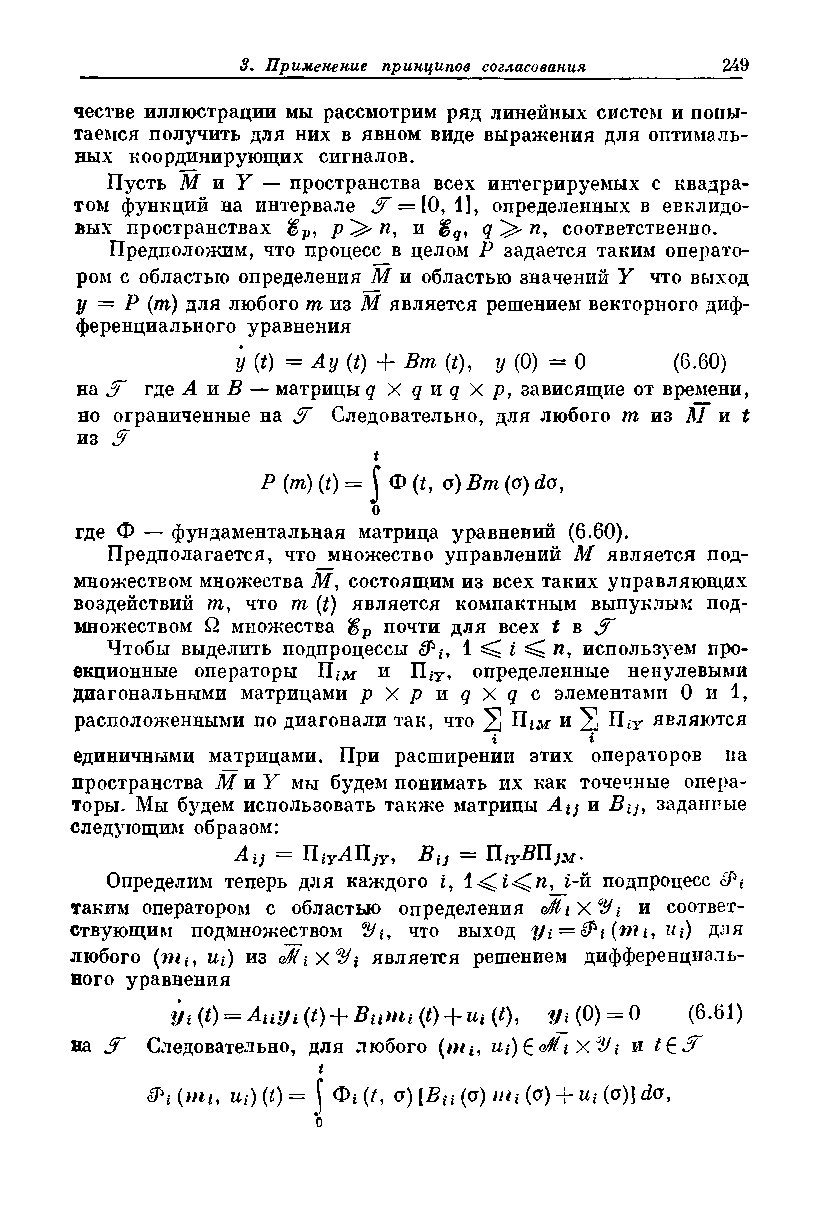
честве иллюстрации мы рассмотрим ряд линейных систем и попы­
 таемся получить для них в явном виде выражения для оптималь­
 ных координирующих сигналов.
 Пусть М и У — пространства всех интегрируемых с квадра­
 том функций на интервале JT = [0, 1], определенных в евклидо­
 вых пространствах £р, р ^ п, и <$q, q ^ и, соответственно.
 Предположим, что процесс в целом Р задается таким операто­
 ром с областью определения М и областью значений У что выход
 у — Р (т) для любого т из М является решением векторного диф­
 ференциального уравнения
 у (t) = Ay (t) + Вт (*), у (0) = 0 (6.60)
 на JT где А и В — матрицы q X q и q X р, зависящие от времени,
 но ограниченные на Следовательно, для любого т из М и £
 из J7
 t
 Р (т) (t) = j Ф (t, а) Вт (а) da,
 о
 где Ф — фундаментальная матрица уравнений (6.60).
 Предполагается, что множество управлений М является под­
 множеством множества М, состоящим из всех таких управляющих
 воздействий т, что т (£) является компактным выпуклым под­
 множеством Q множества %v почти для всех t в
 Чтобы выделить подпроцессы <9\-, 1 ^ i ^ п, используем про­
 екционные операторы и ПгУ, определенные ненулевыми
 диагональными матрицами p X p u q X q c элементами 0 и 1,
 расположенными по диагонали так, что 2 и 2 П*у являются
 г     г
 единичными матрицами. При расширении этих операторов па
 пространства М и У мы будем понимать их как точечные опера­
 торы. Мы будем использовать также матрицы Aij и Btj, заданные
 следующим образом:
 Aij = TliYATLjY, Bij = HiYBIljM.
 Определим теперь для каждого i, i-й подпроцесс
 таким оператором с областью определения Q/HiX0Hi и соответ­
 ствующим подмножеством 2/г-, что выход yt = (nii, Ui) для
 любого (ж*, ui) из ottiX^i является решением дифференциаль­
 ного уравнения
 yi(t) = Au!/i(t) + Bnmi(t) + Ui{t), yu (0) = 0 (6.61)
 на   Следовательно, для любого (ж*, и^^оМьхУi и
 t
 &>i (mi, ui) (t) = ^ Фг (/, a) [Bn (a) m t (o) -f ut (a)] da,
 0